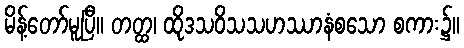
မိန့်တော်မူပြီ။ တတ္ထ၊ ထိုဒသဝိသသဟဿာနံစသော စကား၌။